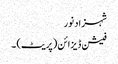
شہزاد نور
فیشن ڈیزائن (پریٹ) ۔